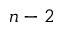
n - 2